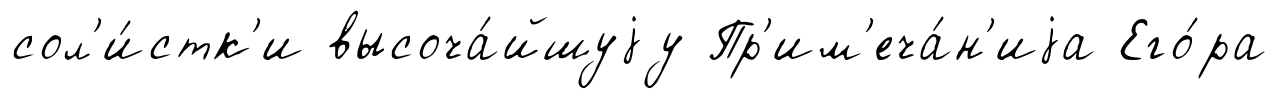
сол'и́стк'и высоча́йшуjу Пр'им'еча́н'иjа Его́ра